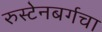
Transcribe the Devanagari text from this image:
रुस्टेनबर्गचा